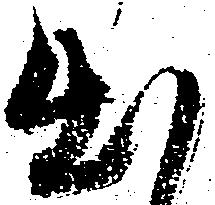
出